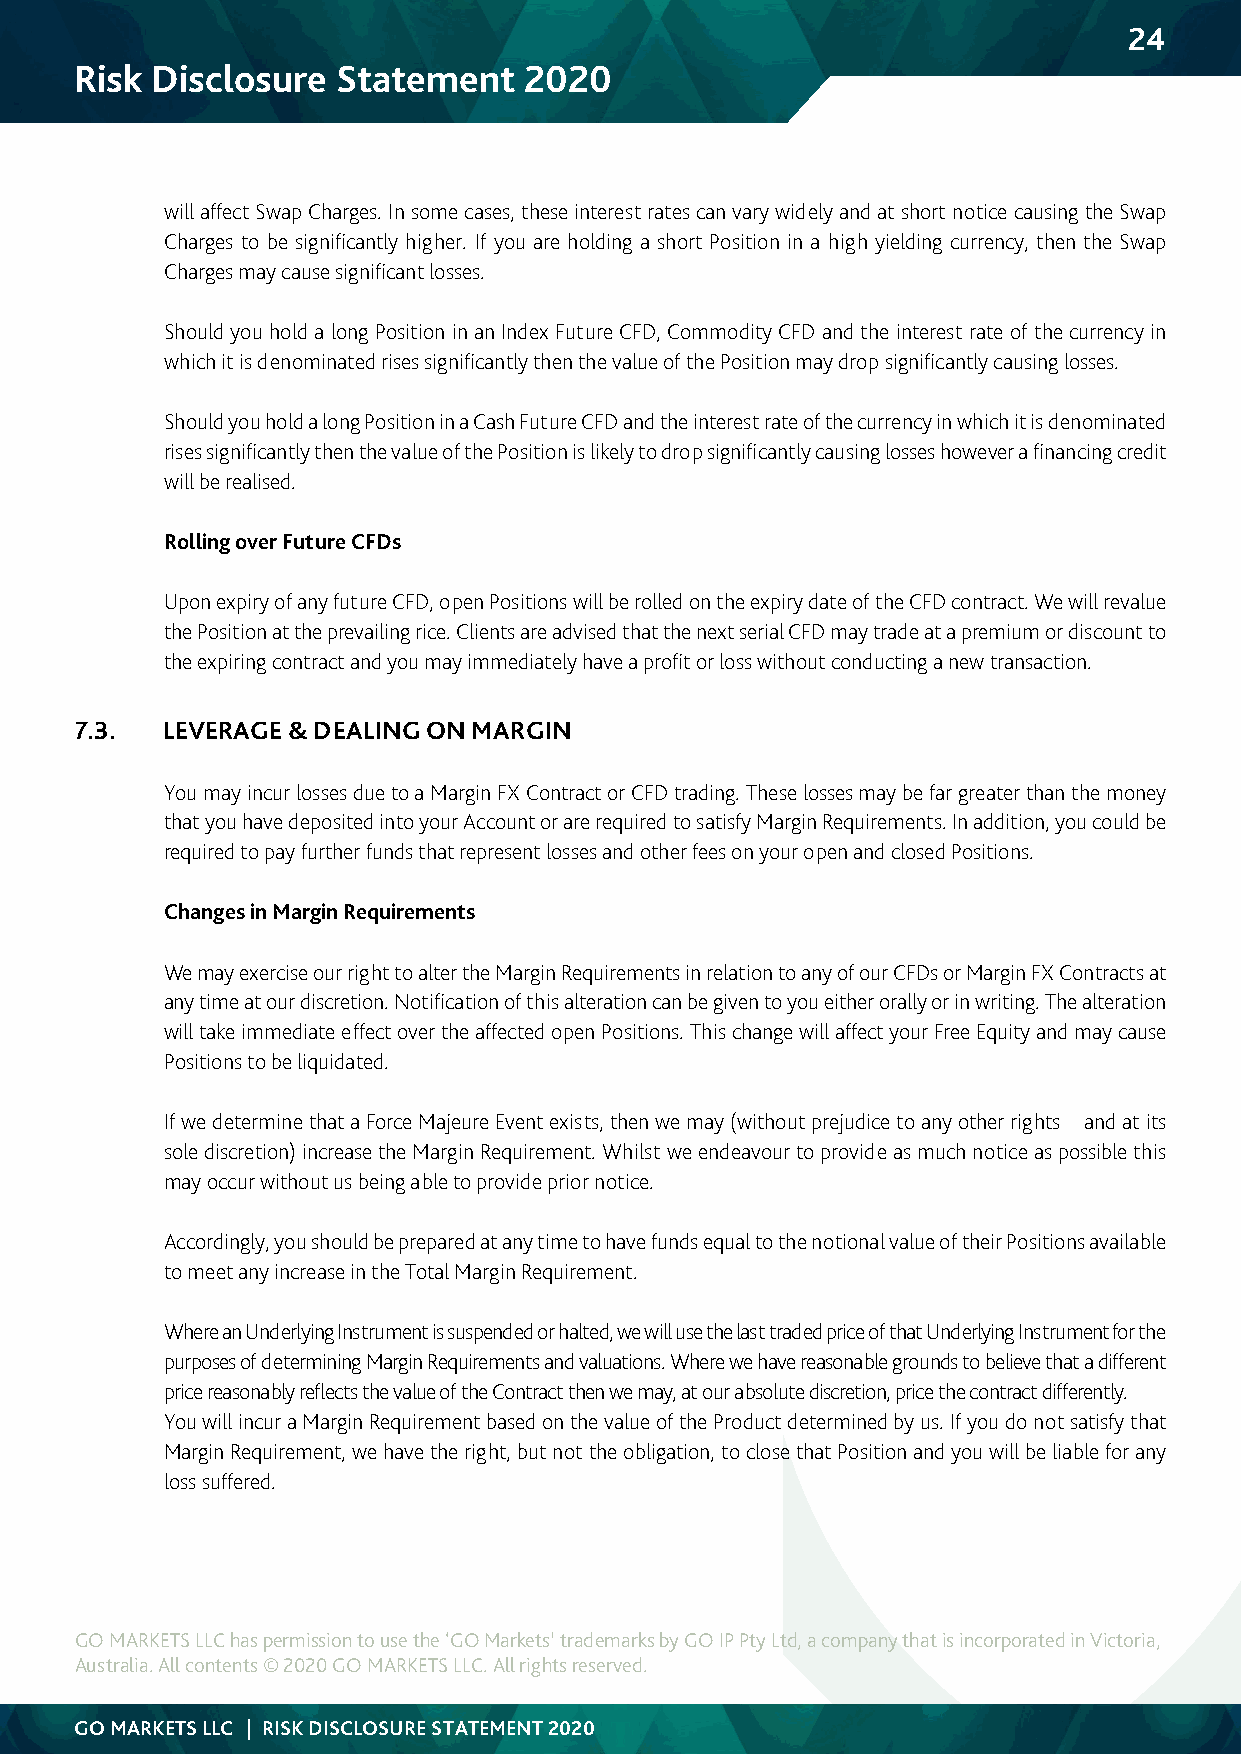
24
 Risk Disclosure  Statement    2020
 will affect Swap Charges. In some cases, these interest rates can vary widely and at short notice causing the Swap
 Charges to be significantly higher. If you are holding a short Position in a high yielding currency, then the Swap
 Charges may cause significant losses.
 Should you hold a long Position in an Index Future CFD, Commodity CFD and the interest rate of the currency in
 which it is denominated rises significantly then the value of the Position may drop significantly causing losses.
 Should you hold a long Position in a Cash Future CFD and the interest rate of the currency in which it is denominated
 rises significantly then the value of the Position is likely to drop significantly causing losses however a financing credit
 will be realised.
 Rolling over Future CFDs
 Upon expiry of any future CFD, open Positions will be rolled on the expiry date of the CFD contract. We will revalue
 the Position at the prevailing rice. Clients are advised that the next serial CFD may trade at a premium or discount to
 the expiring contract and you may immediately have a profit or loss without conducting a new transaction.
 7.3.  LEVERAGE & DEALING ON MARGIN
 You may incur losses due to a Margin FX Contract or CFD trading. These losses may be far greater than the money
 that you have deposited into your Account or are required to satisfy Margin Requirements. In addition, you could be
 required to pay further funds that represent losses and other fees on your open and closed Positions.
 Changes in Margin Requirements
 We may exercise our right to alter the Margin Requirements in relation to any of our CFDs or Margin FX Contracts at
 any time at our discretion. Notification of this alteration can be given to you either orally or in writing. The alteration
 will take immediate effect over the affected open Positions. This change will affect your Free Equity and may cause
 Positions to be liquidated.
 If we determine that a Force Majeure Event exists, then we may (without prejudice to any other rights and at its
 sole discretion) increase the Margin Requirement. Whilst we endeavour to provide as much notice as possible this
 may occur without us being able to provide prior notice.
 Accordingly, you should be prepared at any time to have funds equal to the notional value of their Positions available
 to meet any increase in the Total Margin Requirement.
 Where an Underlying Instrument is suspended or halted, we will use the last traded price of that Underlying Instrument for the
 purposes of determining Margin Requirements and valuations. Where we have reasonable grounds to believe that a different
 price reasonably reflects the value of the Contract then we may, at our absolute discretion, price the contract differently.
 You will incur a Margin Requirement based on the value of the Product determined by us. If you do not satisfy that
 Margin Requirement, we have the right, but not the obligation, to close that Position and you will be liable for any
 loss suffered.
 GO MARKETS LLC has permission to use the ‘GO Markets’ trademarks by GO IP Pty Ltd, a company that is incorporated in Victoria,
 Australia. All contents © 2020 GO MARKETS LLC. All rights reserved.
 GO MARKETS LLC | RISK DISCLOSURE STATEMENT 2020